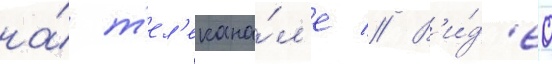
на́ т'ел'екана́л'е // В'и́д'ео